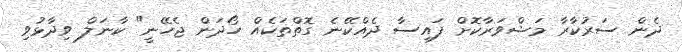
ދެން ސަރުކާރާ މަޝްވަރާކޮށް ފައިސާ ދެއްކޭނެ ގޮތްތަކެއް ހޯދަން ޖެހޭނީ" ކާނަލް ވިދާޅުވި